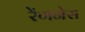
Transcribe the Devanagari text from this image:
रेंगनेस